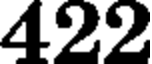
422